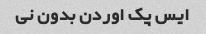
ایس پک اوردن بدون نی